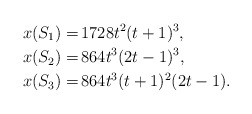
\begin{align*}x(S_1) = & \,1728t^2(t+1)^3,\\x(S_2) = & \, 864t^3(2t-1)^3,\\x(S_3) = & \,864t^3(t+1)^2(2t-1).\end{align*}